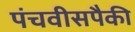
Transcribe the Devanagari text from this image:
पंचवीसपैकी